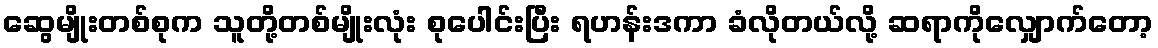
ဆွေမျိုးတစ်စုက သူတို့တစ်မျိုးလုံး စုပေါင်းပြီး ရဟန်းဒကာ ခံလိုတယ်လို့ ဆရာကိုလျှောက်တော့